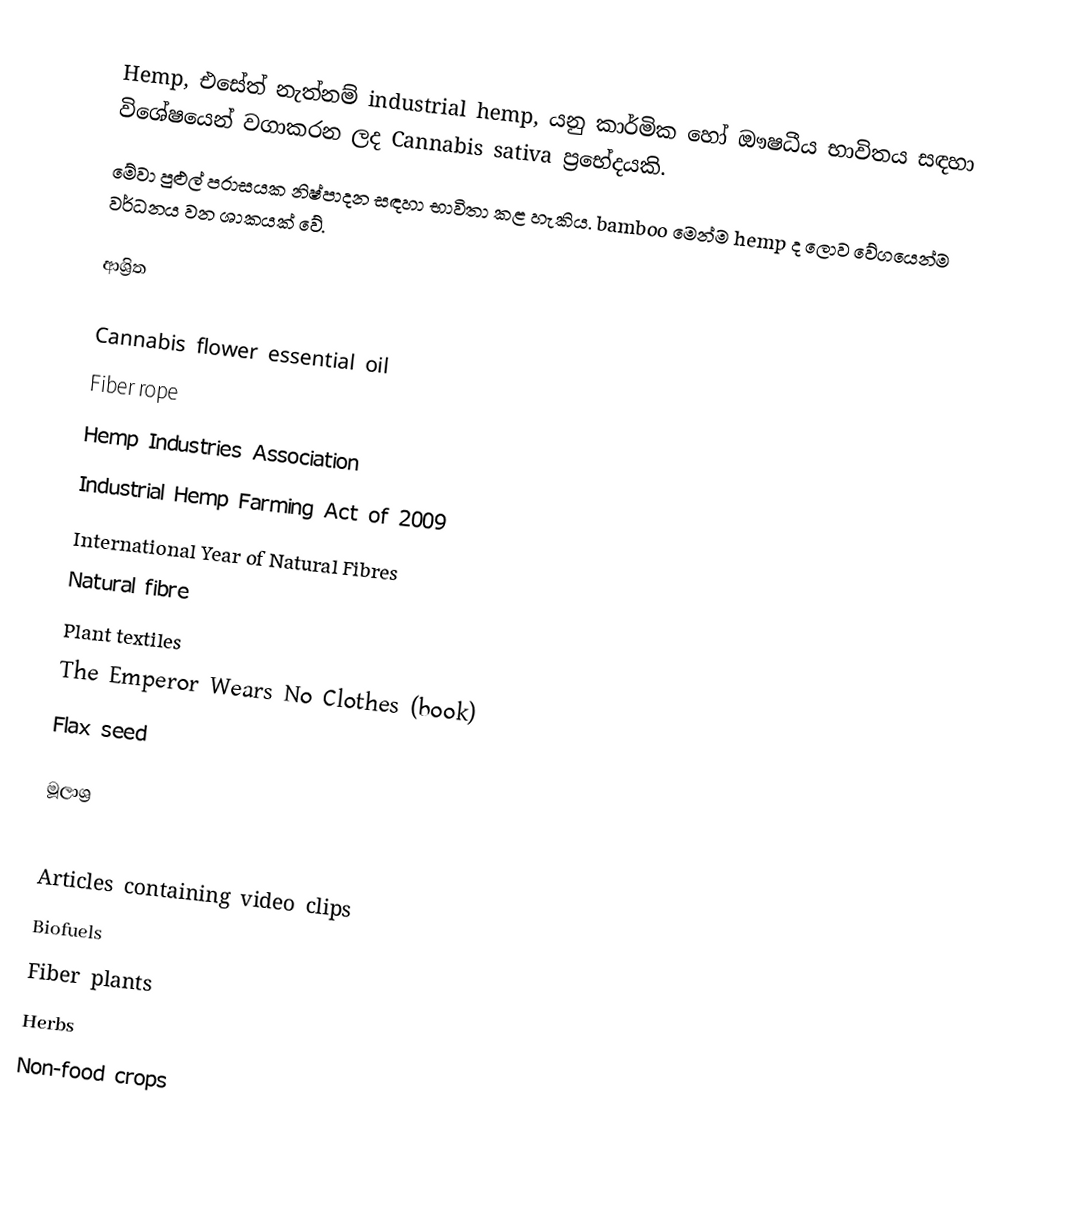
Hemp, එසේත් නැත්නම් industrial hemp, යනු කාර්මික හෝ ඖෂධීය භාවිතය සඳහා විශේෂයෙන් වගාකරන ලද Cannabis sativa ප්‍රභේදයකි.
මේවා පුළුල් පරාසයක නිෂ්පාදන සඳහා භාවිතා කළ හැකිය. bamboo මෙන්ම hemp ද ලොව වේගයෙන්ම වර්ධනය වන ශාකයක් වේ.

ආශ්‍රිත

 Cannabis flower essential oil
 Fiber rope
 Hemp Industries Association
 Industrial Hemp Farming Act of 2009
 International Year of Natural Fibres
 Natural fibre
 Plant textiles
 The Emperor Wears No Clothes (book)
 Flax seed

මූලාශ්‍ර

Articles containing video clips
Biofuels
Fiber plants
Herbs
Non-food crops